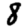
Digit: 8